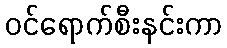
ဝင်ရောက်စီးနင်းကာ